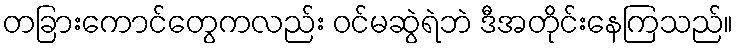
တခြားကောင်တွေကလည်း ဝင်မဆွဲရဲဘဲ ဒီအတိုင်းနေကြသည်။